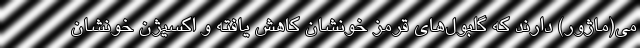
می(ماژور) دارند که گلبول‌های قرمز خونشان کاهش یافته و اکسیژن خونشان